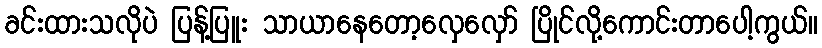
ခင်းထားသလိုပဲ ပြန့်ပြူး သာယာနေတော့လှေလှော် ပြိုင်လို့ကောင်းတာပေါ့ကွယ်။